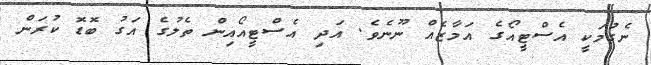
ނެގުމަކީ އެސްޓީއޯގެ އަމާޒެއް ނޫނެވެ. އަދި އެސްޓީއޯއިން ތެލުގެ އަގު ބޮޑޮ ކުރަން